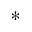
*